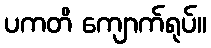
ပကတိ ကျောက်ရုပ်။